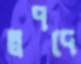
স্বপদে